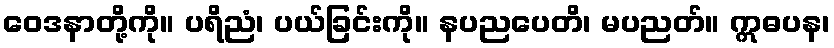
ဝေဒနာတို့ကို။ ပရိညံ၊ ပယ်ခြင်းကို။ နပညပေတိ၊ မပညတ်။ ဣဓပန၊